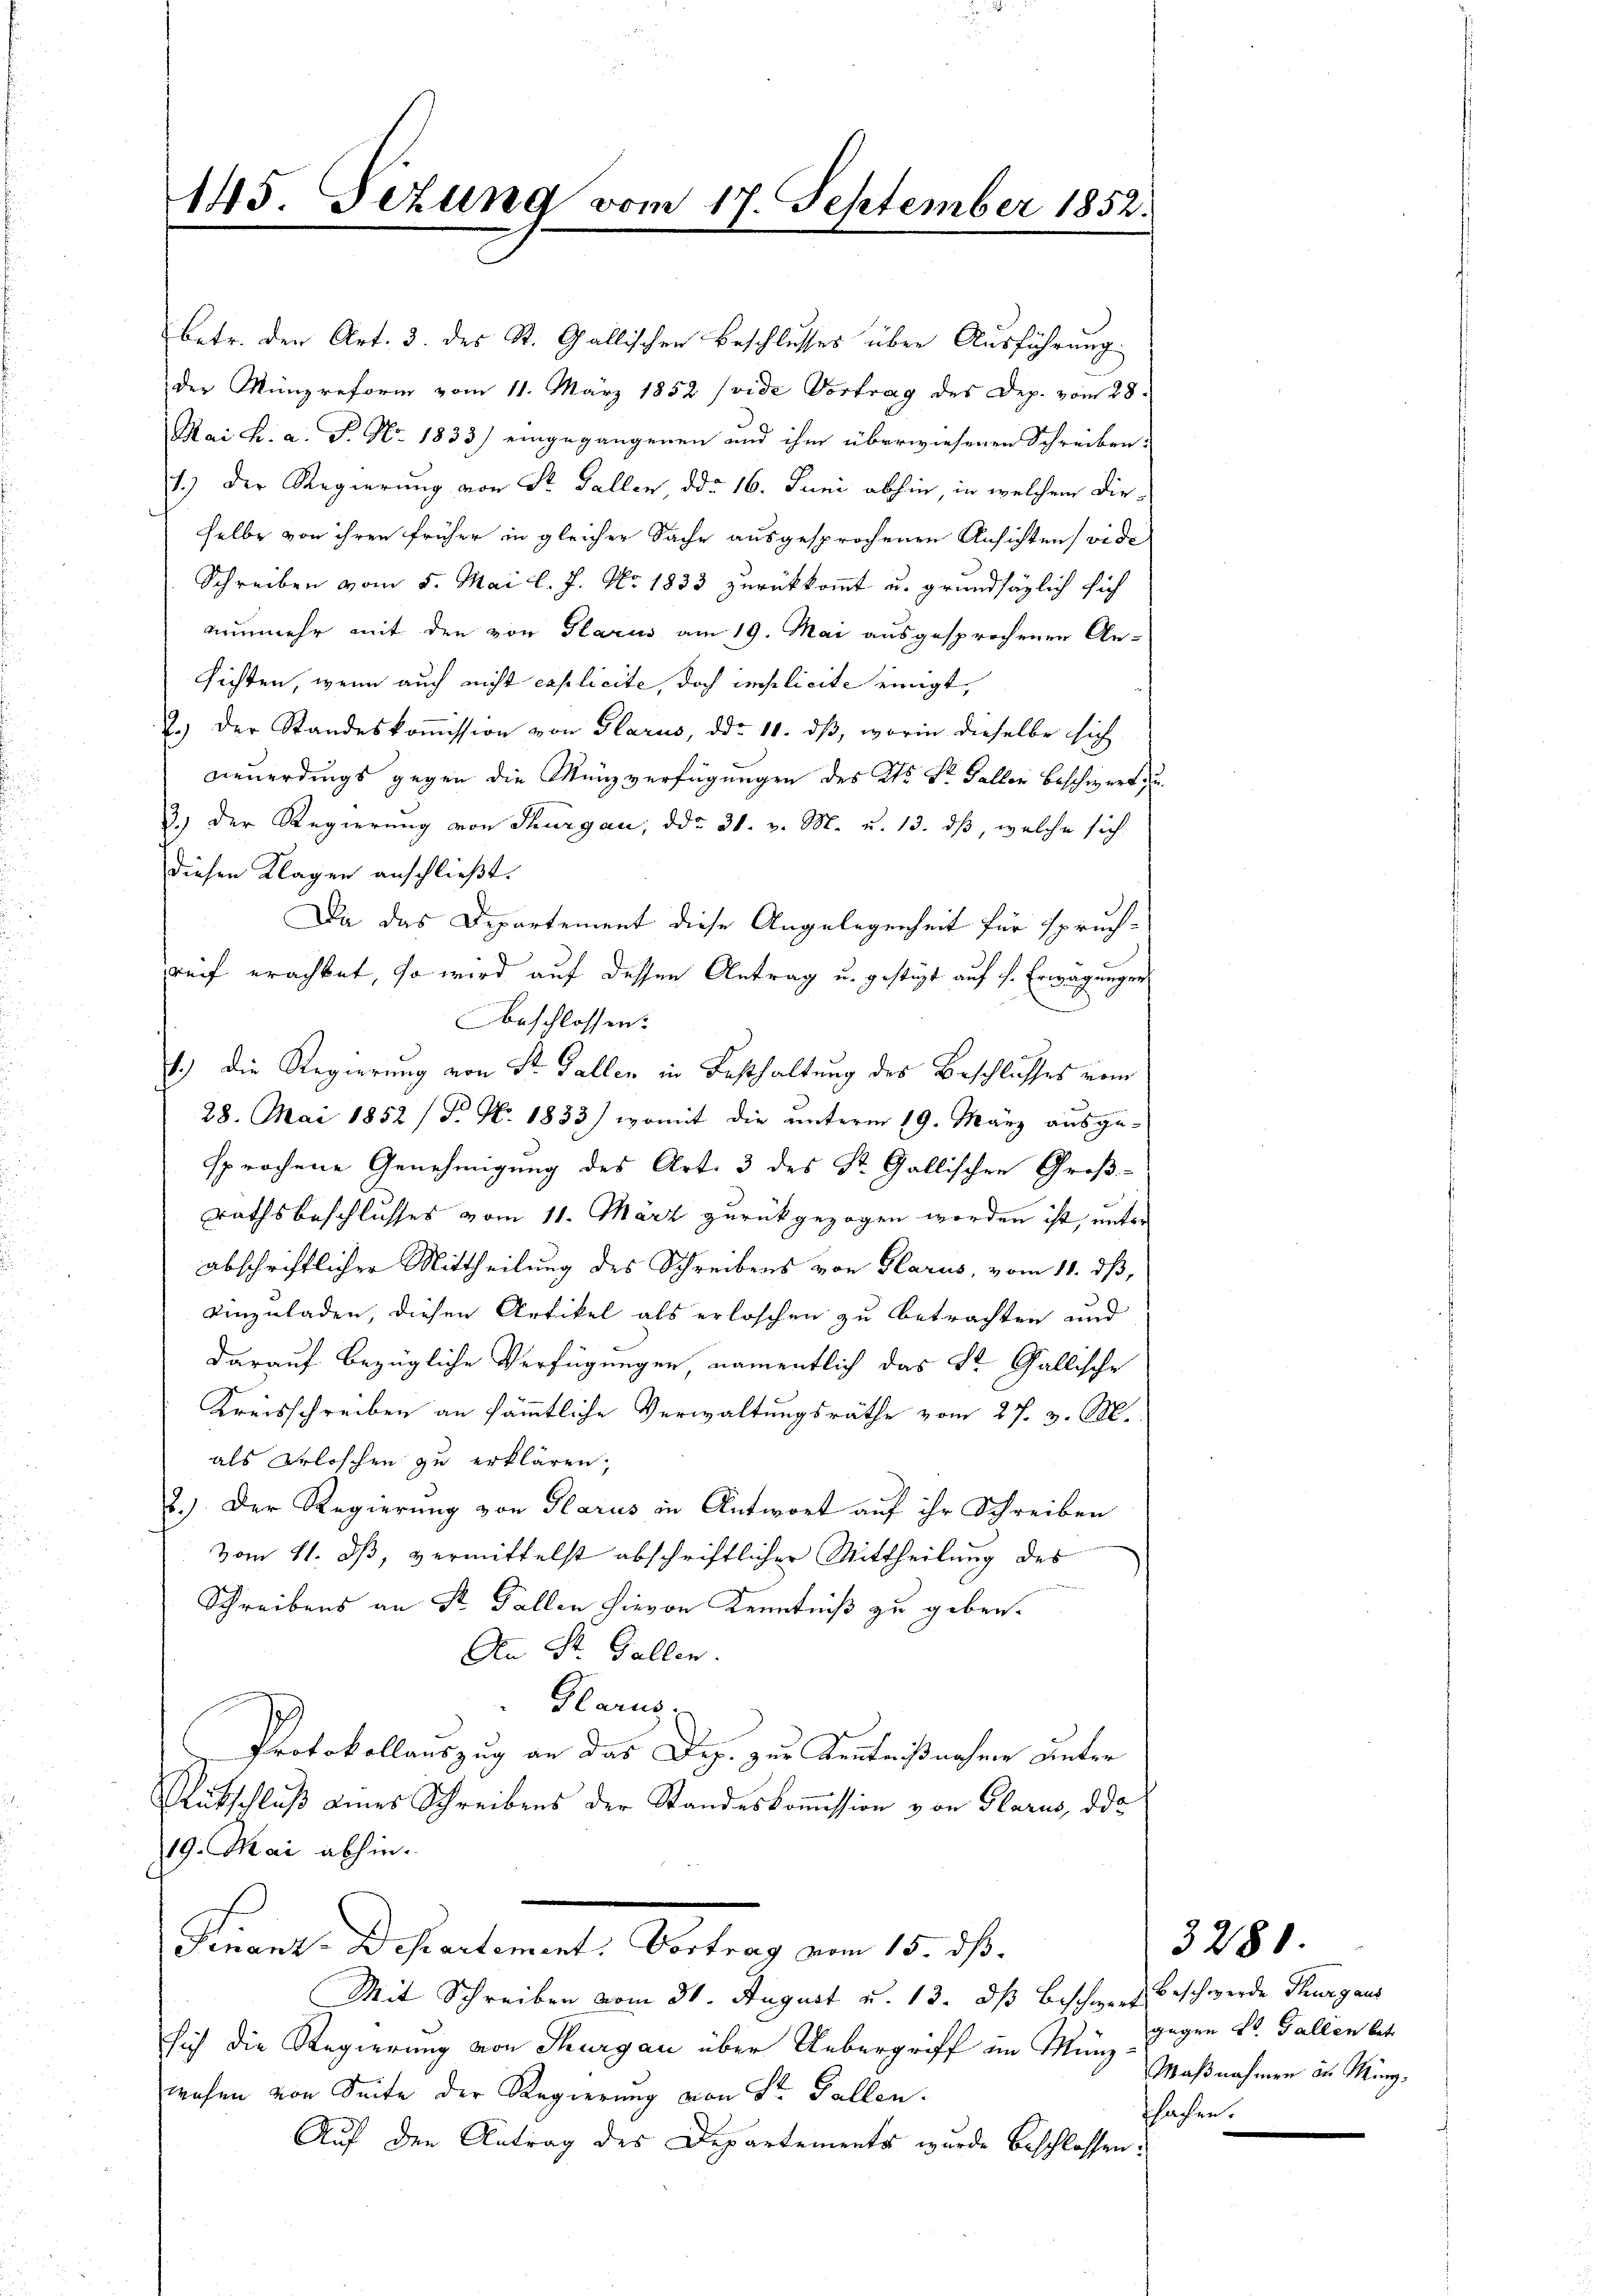
betr. den Art. 3. des St. Gallischen Beschlusses über Ausführung
der Münzreform vom 11. März 1852 (vide Vortrag des Dep. vom 28.
Mai h. a. P. Nr. 1833) eingegangenen und ihm überwiesenen Schreiben:
1.) Der Regierung von Sr. Gallen, ddo 16. Juni abhin, in welchem Dieselbe von ihren früher in gleicher Sache ausgesprochenen Ansichten wide
Schreiben vom 5. Mai l. J. No. 1833 zurückkommt u. grundsätzlich sich
nunmehr mit den von Glarus am 19. Mai ausgesprochenen An-
sichten, wenn auch nicht explicite, doch implicite einigt,
2.) Der Standeskoṁission von Glarus, ddo 10. dβ, worin dieselbe sich
neuerdings gegen die Münzverfügungen des Kts. Dr. Galler beschwert zu
3.) Der Regierung von Thurgau, ddo 31. v. M. u. 13. dβ, welche sich
diesen Klagen anschließt:
Da das Departement diese Angelegenheit für spruch-
reif erachtet, so wird auf dessen Antrag u. gestigt auf s. Erwägungen
beschlossen:
1.) Die Regierung von St. Gallen in Festhaltung des Beschlusses vom
28. Mai 1852 (T. No. 1833) womit die unterm 19. März ausge-
sprochene Genehmigung des Art. 3 des St. Gallischen Großrathsbeschlusses vom 11. März zurückgezogen worden ist, unter
abschriftlicher Mittheilung des Schreibens von Glarus, vom 11. dß,
einzuladen, diesen Artikel als erloschen zu betrachten und
darauf bezügliche Verfügungen, namentlich das St. Gallische
Kreisschreiben an sämmtliche Verwaltungsräthe vom 27. v. M.
als Erloschen zu erklären,
2.) Der Regierung von Glarus in Antwort auf ihr Schreiben
vom 21. dß, vermittelst abschriftlicher Mittheilung des
Schreibens an Sr. Gallen hievon Kenntniß zu geben.
An St. Gallen.
Harus,
Protokollauszug an das Dop. zur Kentnißnahme unter
Rütschluß eines Schreibens der Standeskomission von Glarus, da
19. Mai abhin.
Finanz-Departement: Vortrag vom 15. dß.
Mit Schreiben vom 31. August u. 13. ds Beschwert
sich die Regierung von Thurgau über Uebergriff im Münz- Maßnahmen zu Müngwohen von Seite der Regierung von St. Gallen.
Auf den Antrag des Departements wurde beschlossen.

145. Sezung vom 17. September 1852.

Beschwerde Thurgaus
gegen St. Gallen bet
ssachen.

3280.